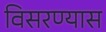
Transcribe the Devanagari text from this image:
विसरण्यास